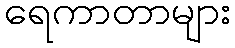
ရေကာတာများ